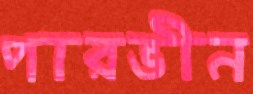
পারভীন